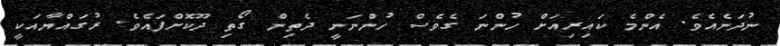
ނުދަނެއެވެ. އެންމެ ކައިރިއަށް ހުންނަ ގެވެސް ހުންނަނީ ދެތިން ގޯތި ދޫކޮށްފައެވެ. ރުގައްޔާއަކީ